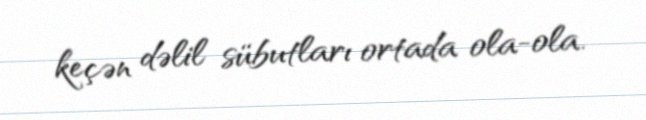
keçən dəlil sübutları ortada ola-ola.